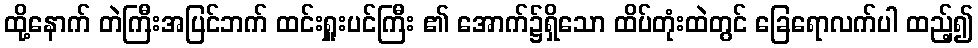
ထို့နောက် တဲကြီးအပြင်ဘက် ထင်းရှူးပင်ကြီး ၏ အောက်၌ရှိသော ထိပ်တုံးထဲတွင် ခြေရောလက်ပါ ထည့်၍